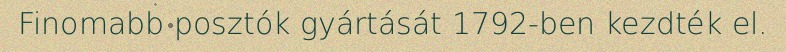
Finomabb posztók gyártását 1792-ben kezdték el.